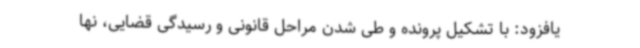
یافزود: با تشکیل پرونده و طی شدن مراحل قانونی و رسیدگی قضایی، نها